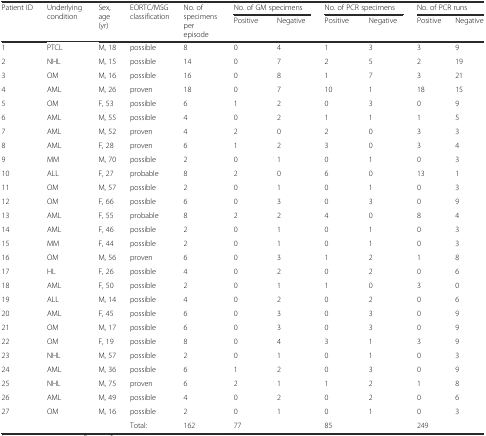
<table><thead><tr><td rowspan="2"><b>Patient ID</b></td><td rowspan="2"><b>Underlying condition</b></td><td rowspan="2"><b>Sex, age (yr)</b></td><td rowspan="2"><b>EORTC/MSG classification</b></td><td rowspan="2"><b>No. of specimens per episode</b></td><td colspan="2"><b>No. of GM specimens</b></td><td colspan="2"><b>No. of PCR specimens</b></td><td colspan="2"><b>No. of PCR runs</b></td></tr><tr><td><b>Positive</b></td><td><b>Negative</b></td><td><b>Positive</b></td><td><b>Negative</b></td><td><b>Positive</b></td><td><b>Negative</b></td></tr></thead><tbody><tr><td>1</td><td>PTCL</td><td>M, 18</td><td>possible</td><td>8</td><td>0</td><td>4</td><td>1</td><td>3</td><td>3</td><td>9</td></tr><tr><td>2</td><td>NHL</td><td>M, 15</td><td>possible</td><td>14</td><td>0</td><td>7</td><td>2</td><td>5</td><td>2</td><td>19</td></tr><tr><td>3</td><td>OM</td><td>M, 16</td><td>possible</td><td>16</td><td>0</td><td>8</td><td>1</td><td>7</td><td>3</td><td>21</td></tr><tr><td>4</td><td>AML</td><td>M, 26</td><td>proven</td><td>18</td><td>0</td><td>7</td><td>10</td><td>1</td><td>18</td><td>15</td></tr><tr><td>5</td><td>OM</td><td>F, 53</td><td>possible</td><td>6</td><td>1</td><td>2</td><td>0</td><td>3</td><td>0</td><td>9</td></tr><tr><td>6</td><td>AML</td><td>M, 55</td><td>possible</td><td>4</td><td>0</td><td>2</td><td>1</td><td>1</td><td>1</td><td>5</td></tr><tr><td>7</td><td>AML</td><td>M, 52</td><td>proven</td><td>4</td><td>2</td><td>0</td><td>2</td><td>0</td><td>3</td><td>3</td></tr><tr><td>8</td><td>AML</td><td>F, 28</td><td>proven</td><td>6</td><td>1</td><td>2</td><td>3</td><td>0</td><td>3</td><td>4</td></tr><tr><td>9</td><td>MM</td><td>M, 70</td><td>possible</td><td>2</td><td>0</td><td>1</td><td>0</td><td>1</td><td>0</td><td>3</td></tr><tr><td>10</td><td>ALL</td><td>F, 27</td><td>probable</td><td>8</td><td>2</td><td>0</td><td>6</td><td>0</td><td>13</td><td>1</td></tr><tr><td>11</td><td>OM</td><td>M, 57</td><td>possible</td><td>2</td><td>0</td><td>1</td><td>0</td><td>1</td><td>0</td><td>3</td></tr><tr><td>12</td><td>OM</td><td>F, 66</td><td>possible</td><td>6</td><td>0</td><td>3</td><td>0</td><td>3</td><td>0</td><td>9</td></tr><tr><td>13</td><td>AML</td><td>F, 55</td><td>probable</td><td>8</td><td>2</td><td>2</td><td>4</td><td>0</td><td>8</td><td>4</td></tr><tr><td>14</td><td>AML</td><td>F, 46</td><td>possible</td><td>2</td><td>0</td><td>1</td><td>0</td><td>1</td><td>0</td><td>3</td></tr><tr><td>15</td><td>MM</td><td>F, 44</td><td>possible</td><td>2</td><td>0</td><td>1</td><td>0</td><td>1</td><td>0</td><td>3</td></tr><tr><td>16</td><td>OM</td><td>M, 56</td><td>proven</td><td>6</td><td>0</td><td>3</td><td>1</td><td>2</td><td>1</td><td>8</td></tr><tr><td>17</td><td>HL</td><td>F, 26</td><td>possible</td><td>4</td><td>0</td><td>2</td><td>0</td><td>2</td><td>0</td><td>6</td></tr><tr><td>18</td><td>AML</td><td>F, 50</td><td>possible</td><td>2</td><td>0</td><td>1</td><td>1</td><td>0</td><td>3</td><td>0</td></tr><tr><td>19</td><td>ALL</td><td>M, 14</td><td>possible</td><td>4</td><td>0</td><td>2</td><td>0</td><td>2</td><td>0</td><td>6</td></tr><tr><td>20</td><td>AML</td><td>F, 45</td><td>possible</td><td>6</td><td>0</td><td>3</td><td>0</td><td>3</td><td>0</td><td>9</td></tr><tr><td>21</td><td>OM</td><td>M, 17</td><td>possible</td><td>6</td><td>0</td><td>3</td><td>0</td><td>3</td><td>0</td><td>9</td></tr><tr><td>22</td><td>OM</td><td>F, 19</td><td>possible</td><td>8</td><td>0</td><td>4</td><td>3</td><td>1</td><td>3</td><td>9</td></tr><tr><td>23</td><td>NHL</td><td>M, 57</td><td>possible</td><td>2</td><td>0</td><td>1</td><td>0</td><td>1</td><td>0</td><td>3</td></tr><tr><td>24</td><td>AML</td><td>M, 36</td><td>possible</td><td>6</td><td>1</td><td>2</td><td>0</td><td>3</td><td>0</td><td>9</td></tr><tr><td>25</td><td>NHL</td><td>M, 75</td><td>proven</td><td>6</td><td>2</td><td>1</td><td>1</td><td>2</td><td>1</td><td>8</td></tr><tr><td>26</td><td>AML</td><td>M, 49</td><td>possible</td><td>4</td><td>0</td><td>2</td><td>0</td><td>2</td><td>0</td><td>6</td></tr><tr><td>27</td><td>OM</td><td>M, 16</td><td>possible</td><td>2</td><td>0</td><td>1</td><td>0</td><td>1</td><td>0</td><td>3</td></tr><tr><td></td><td></td><td></td><td>Total:</td><td>162</td><td colspan="2">77</td><td colspan="2">85</td><td colspan="2">249</td></tr></tbody></table>